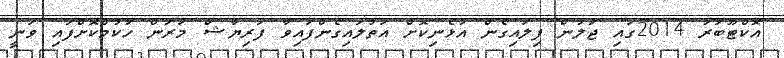
އޮކްޓޫބަރު 2014ގައި ޖަލުން ފިލައިގެން އުޅެނިކޮށް އަތުލައިގެންފައިވާ ފަރިޔާޝް މަރަން ހުކުމްކޮށްފައި ވަނީ